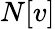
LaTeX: N[v]